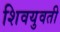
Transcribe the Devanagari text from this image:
शिवयुवती